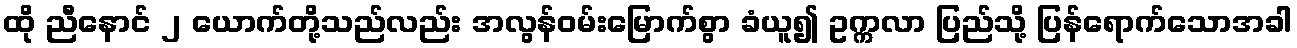
ထို ညီနောင် ၂ ယောက်တို့သည်လည်း အလွန်ဝမ်းမြောက်စွာ ခံယူ၍ ဥက္ကလာ ပြည်သို့ ပြန်ရောက်သောအခါ